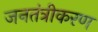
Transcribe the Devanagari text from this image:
जनतंत्रीकरण